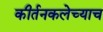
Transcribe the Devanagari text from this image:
कीर्तनकलेच्याच